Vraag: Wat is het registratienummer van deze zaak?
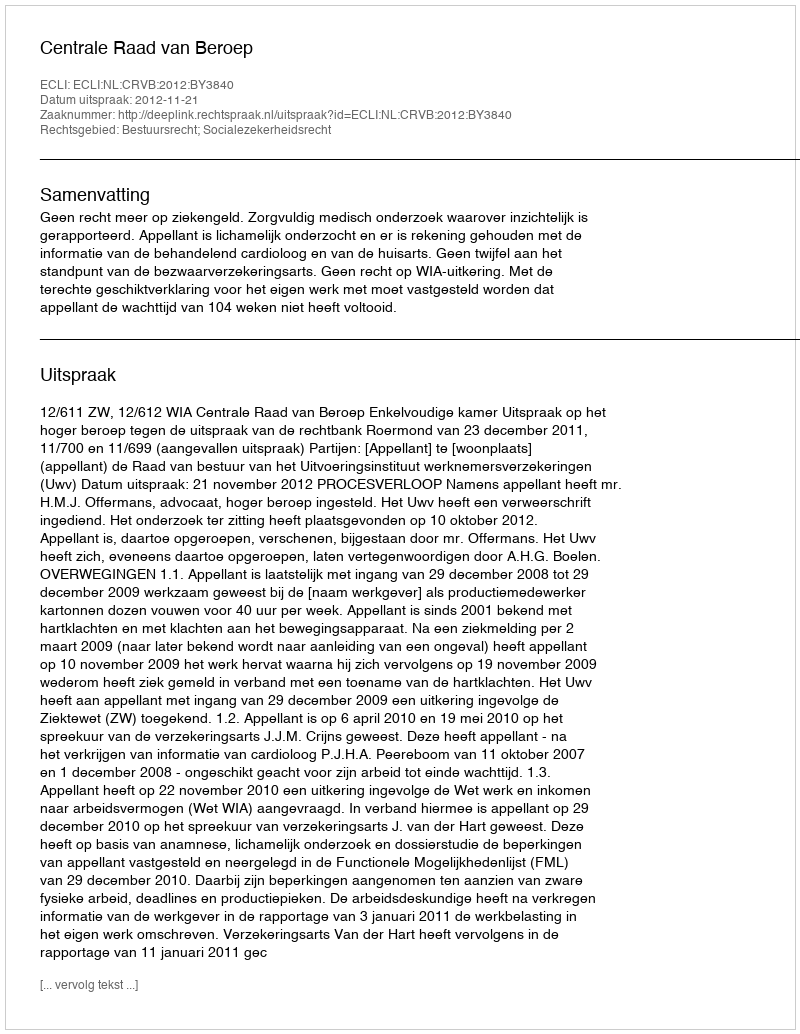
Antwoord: http://deeplink.rechtspraak.nl/uitspraak?id=ECLI:NL:CRVB:2012:BY3840